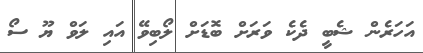
އަހަރެން ޝެބީ ދެކެ ވަރަށް ބޮޑަށް ލޯބިވޭ އައި ލަވް ޔޫ ސޯ